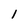
Character: 1